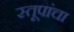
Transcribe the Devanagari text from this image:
स्तूपांचा